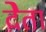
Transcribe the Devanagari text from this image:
देेता